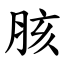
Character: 胲